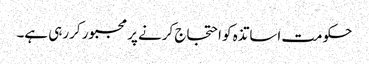
حکومت اساتذہ کو احتجاج کرنے پر مجبور کررہی ہے۔